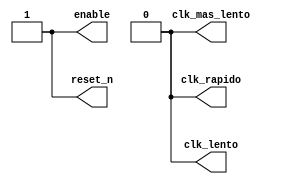

module input_signals(

	output clk_rapido,
	output clk_lento,
	output clk_mas_lento,
	output reg reset_n,
	output reg enable


);


/////////////////////////////////////////////////
// ========== Control de la simulacion ===========
/////////////////////////////////////////////////

reg clk;

// Esto genera un clock de periodo=20ns (50 MHz)
always 
begin
	clk = 1'b1; 
  	#10; // high for 20 * timescale = 20 ns

  	clk = 1'b0;
  	#10; // low for 20 * timescale = 20 ns
end

initial 
begin
	reset_n = 0;
	#100
	reset_n = 1;
	#20
	enable= 1;
end

assign clk_rapido = clk;
assign clk_lento = clk;
assign clk_mas_lento = clk;

endmodule